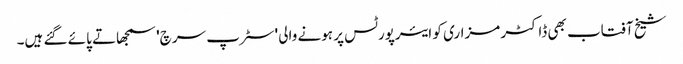
شیخ آفتاب بھی ڈاکٹر مزاری کو ایئرپورٹس پر ہونے والی 'سٹرپ سرچ' سمجھاتے پائے گئے ہیں۔